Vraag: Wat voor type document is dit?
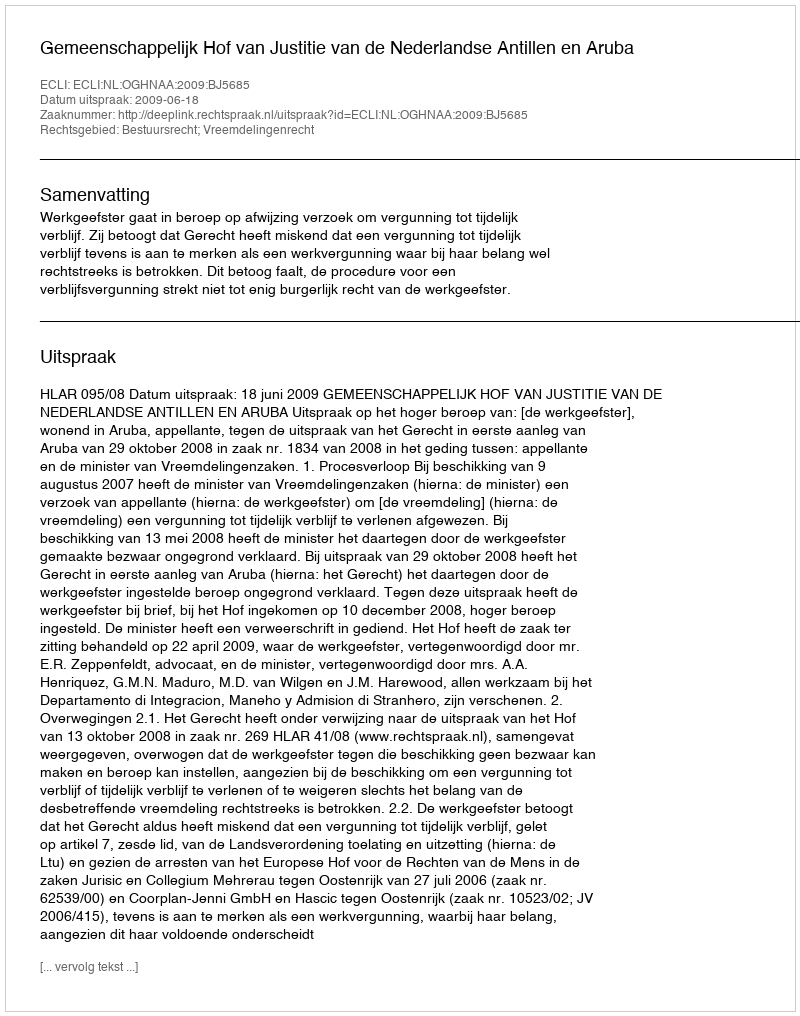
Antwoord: Uitspraak